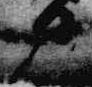
部